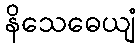
နိသေဓေယျံ